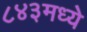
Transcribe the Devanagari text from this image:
८४३मध्ये